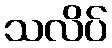
သလိပ်